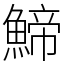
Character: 䱱